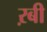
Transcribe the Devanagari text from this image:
ऱबी